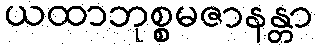
ယထာဘုစ္စမဇာနန္တာ